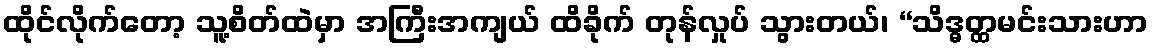
ထိုင်လိုက်တော့ သူ့စိတ်ထဲမှာ အကြီးအကျယ် ထိခိုက် တုန်လှုပ် သွားတယ်၊ “သိဒ္ဓတ္ထမင်းသားဟာ